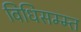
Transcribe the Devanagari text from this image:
विधिसम्म्त